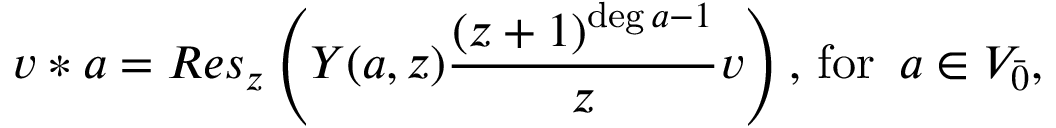
v * a = R e s _ { z } \left( Y ( a , z ) \frac { ( z + 1 ) ^ { \deg a - 1 } } { z } v \right) , \, \mathrm { f o r } \, \, \, a \in V _ { \bar { 0 } } ,